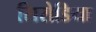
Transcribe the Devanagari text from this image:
सिरोडिया